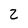
Character: z